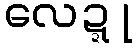
လေဍ္ဍု